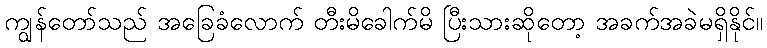
ကျွန်တော်သည် အခြေခံလောက် တီးမိခေါက်မိ ပြီးသားဆိုတော့ အခက်အခဲမရှိနိုင်။